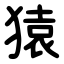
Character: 猿